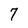
Character: 7